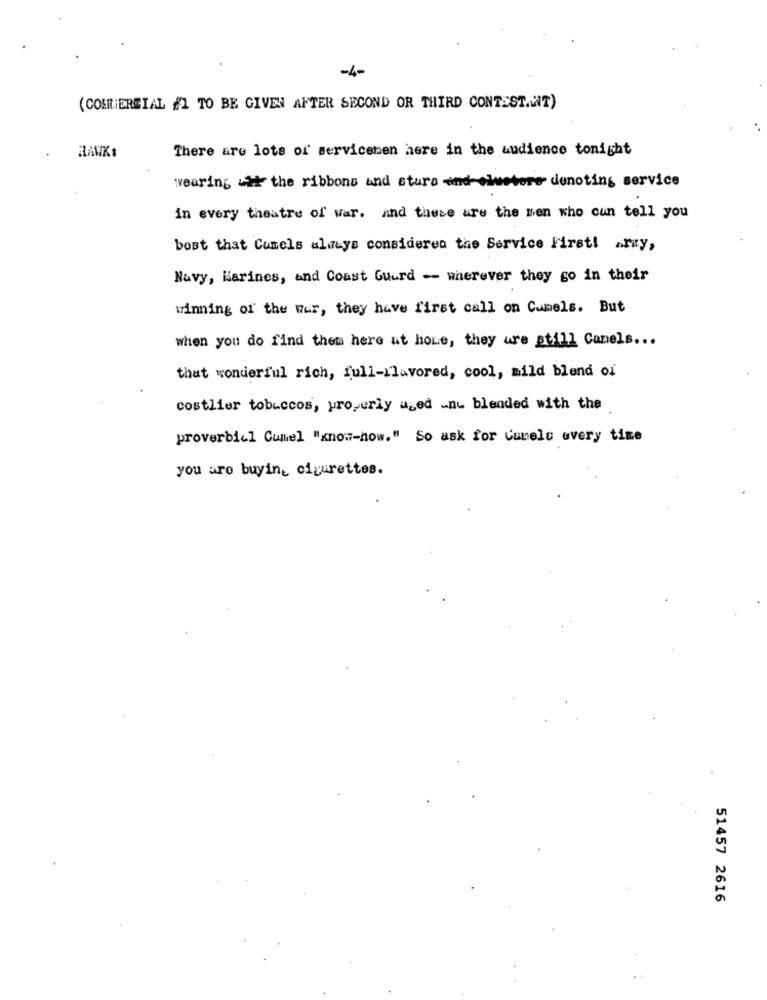
-4-
(COLLIERCIAL #1 TO BE GIVEN AFTER SECOND OR THIRD CONTEST.WT)
There are lots of servicenen here in the audience tonight
HANK:
wearing uit the ribbons and stura and emmetore denoting service
in every theatre of war. and these are the men who cun tell you
best that Cumels always considered the Service First! army,
Navy, Karines, and Coast Guard - wherever they go in their
winning of the war, they have first call on Cumels. But
when you do find them here at hore, they are still Camels ...
that wonderful rich, full-ilavored, cool, mild blend oi
costlier tobaccos, properly used nu blended with the
proverbial Cumel "know-how." So ask for Curelc every time
you are buying cigarettes.
51457 2616